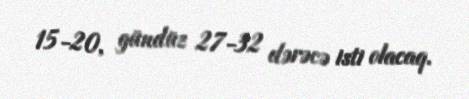
15-20, gündüz 27-32 dərəcə isti olacaq.